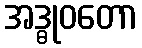
အဒ္ဓုဝတော